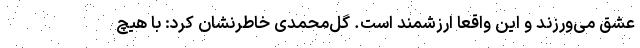
عشق می‌ورزند و این واقعاً ارزشمند است. گل‌محمدی خاطرنشان کرد: با هیچ